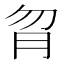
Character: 𦙑